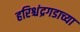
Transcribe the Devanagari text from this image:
हरिश्चंद्रगडाच्या